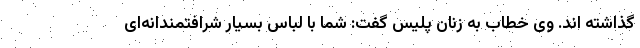
گذاشته اند. وی خطاب به زنان پلیس گفت: شما با لباس بسیار شرافتمندانه‌ای